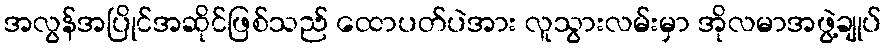
အလွန်အပြိုင်အဆိုင်ဖြစ်သည် ထောပတ်ပဲအား လူသွားလမ်းမှာ အိုလမာအဖွဲ့ချုပ်